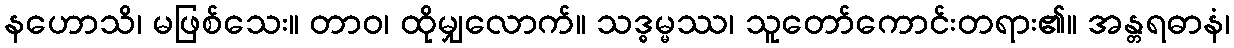
နဟောသိ၊ မဖြစ်သေး။ တာဝ၊ ထိုမျှလောက်။ သဒ္ဓမ္မဿ၊ သူတော်ကောင်းတရား၏။ အန္တရဓာနံ၊